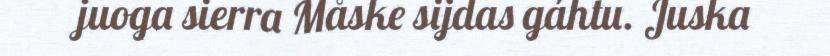
juoga sierra Måske sijdas gáhtu. Juska